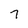
Character: 7